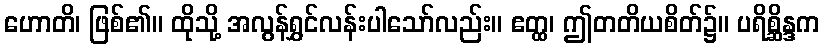
ဟောတိ၊ ဖြစ်၏။ ထိုသို့ အလွန်ရွှင်လန်းပါသော်လည်း။ ဧတ္ထ၊ ဤတတိယစိတ်၌။ ပရိစ္ဆိန္ဒက